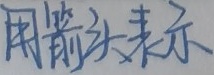
用箭头表示